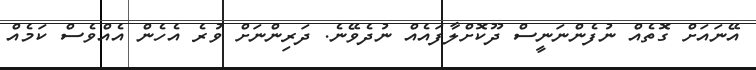
އޭނައަށް ގޮތެއް ނުފެންނަނީސް ދޫކޮށްލާފައެއް ނުދެވޭނެ. ދަރިންނަށް ވުރެ އެހެން އެއްވެސް ކަމެއް